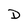
Character: D